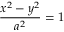
{ \frac { x ^ { 2 } - y ^ { 2 } } { a ^ { 2 } } } = 1